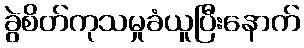
ခွဲစိတ်ကုသမှုခံယူပြီးနောက်